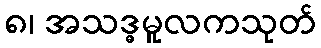
၈၊ အသဒ္ဓမူလကသုတ်